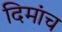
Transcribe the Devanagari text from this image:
दिमांच